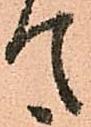
て